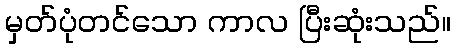
မှတ်ပုံတင်သော ကာလ ပြီးဆုံးသည်။